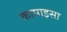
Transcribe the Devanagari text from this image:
कामाइसा